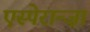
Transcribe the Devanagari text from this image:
एस्पेरान्ज़ा